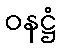
ဝနဋ္ဌံ